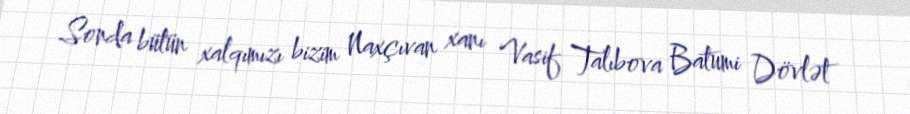
Sonda bütün xalqımızı bizim Naxçıvan xanı Vasif Talıbova Batumi Dövlət